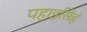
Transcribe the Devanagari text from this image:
पहाड़सिहं